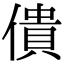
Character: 僓